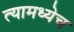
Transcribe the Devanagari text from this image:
त्यामध्येच